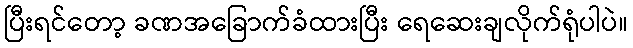
ပြီးရင်တော့ ခဏအခြောက်ခံထားပြီး ရေဆေးချလိုက်ရုံပါပဲ။